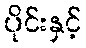
ပိုင်းနှင့်